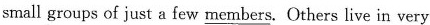
small groups of just a few \underline{members}. Others live in very